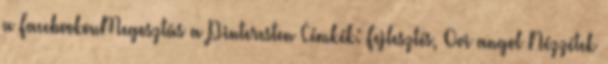
a FacebookonMegosztás a Pinteresten Címkék: Fejlesztés, Ovi angol Nézzétek